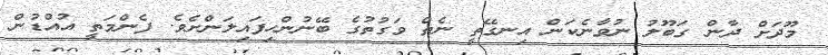
މޫދަށް ދާން ގަބޫލު ނުވާނެކަން އިނގޭތީ ނެތް ވަގުތުގެ ބޭނުންހިފައިލަންށެވެ. ފެންމަތީ އުއްޑުން